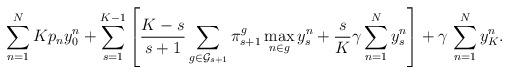
LaTeX: \begin{align*}\sum_{n=1}^NKp_ny^n_0+\sum_{s=1}^{K-1} \left[\frac{K-s}{s+1}\sum_{g\in\mathcal{G}_{s+1}} \pi_{s+1}^g \max_{n\in g}y^n_s+\frac{s}{K}\gamma \sum_{n=1}^Ny_s^n\right]+\gamma\, \sum_{n=1}^Ny_K^n.\end{align*}